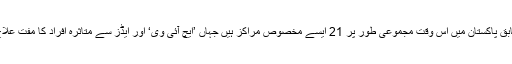
حکام کے مطابق پاکستان میں اس وقت مجموعی طور پر 21 ایسے مخصوص مراکز ہیں جہاں ’ایچ آئی وی‘ اور ایڈز سے متاثرہ افراد کا مفت علاج کیا جاتا ہے۔